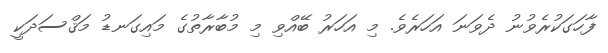
ފާހަގަކުރެވުނު ދެވަނަ އަހަރެވެ. މި އަހަރު ބޭއްވި މި މުބާރާތުގެ މައިގަނޑު މަޤްސަދަކީ